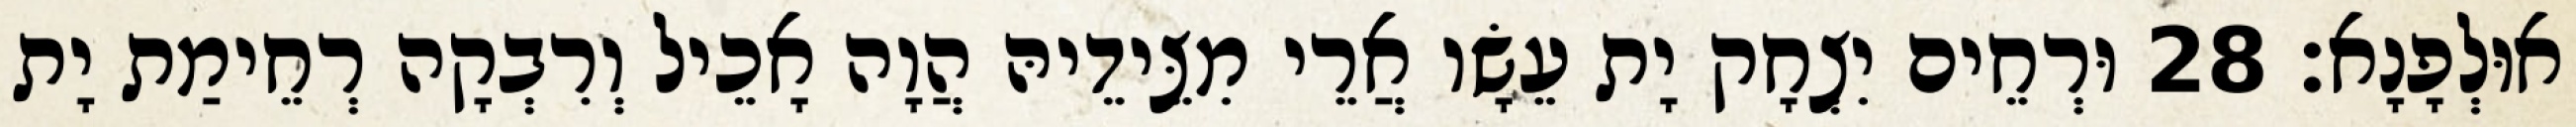
אוּלְפָנָא׃ 28 וּרְחֵים יִצְחָק יָת עֵשָׂו אֲרֵי מִצֵּידֵיהּ הֲוָה אָכֵיל וְרִבְקָה רְחֵימַת יָת